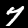
Label: 7